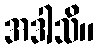
အဒါသိ။